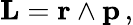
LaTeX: \mathbf{L}=\mathbf{r}\wedge\mathbf{p}\, ,